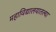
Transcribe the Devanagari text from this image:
महाविद्यालयातल्या